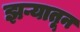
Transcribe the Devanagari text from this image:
झऱ्यातून